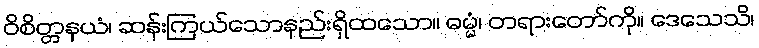
ဝိစိတ္တနယံ၊ ဆန်းကြယ်သောနည်းရှိထသော။ ဓမ္မံ၊ တရားတော်ကို။ ဒေသေသိ၊